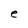
Character: e